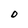
Character: 0